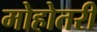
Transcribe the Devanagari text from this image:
मोहोतरी